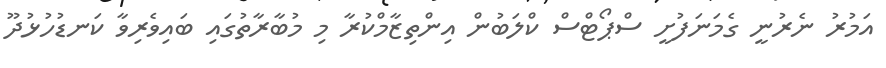
އަމުރު ނެރުނީ ގެމަނަފުށީ ސްޕޯޓްސް ކްލަބުން އިންތިޒާމްކުރާ މި މުބާރާތުގައި ބައިވެރިވާ ކަނޑުހުޅުދޫ